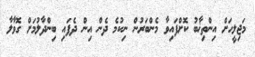
މަޖިލީހަށް އިންތިޚާބު ކޮށްފައިވާ މެންބަރުން ނިކުމެ ދެން އިން ދެފައި ބިންދާލުމަށް ގޮވާލާ